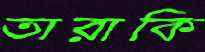
তারাকি